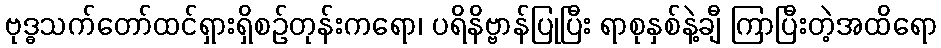
ဗုဒ္ဓသက်တော်ထင်ရှားရှိစဉ်တုန်းကရော၊ ပရိနိဗ္ဗာန်ပြုပြီး ရာစုနှစ်နဲ့ချီ ကြာပြီးတဲ့အထိရော